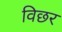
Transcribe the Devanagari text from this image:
विछर